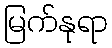
မြက်နုရာ